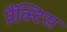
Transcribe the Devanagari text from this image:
प्रैंक्टिस